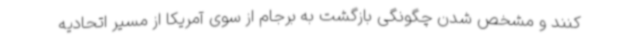
کنند و مشخص شدن چگونگی بازگشت به برجام از سوی آمریکا از مسیر اتحادیه